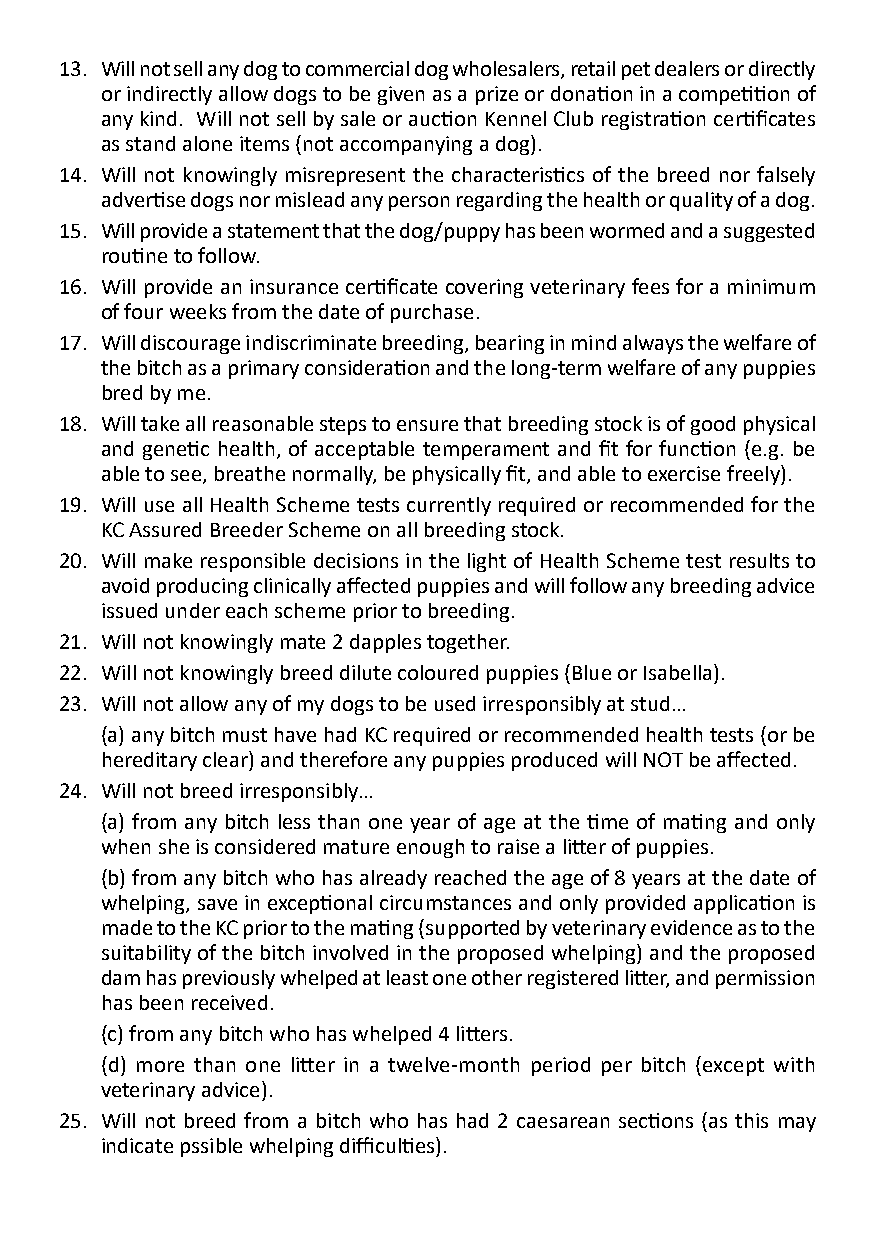
13. Will not sell any dog to commercial dog wholesalers, retail pet dealers or directly
 or indirectly allow dogs to be given as a prize or donation in a competition of
 any kind. Will not sell by sale or auction Kennel Club registration certificates
 as stand alone items (not accompanying a dog).
 14. Will not knowingly misrepresent the characteristics of the breed nor falsely
 advertise dogs nor mislead any person regarding the health or quality of a dog.
 15. Will provide a statement that the dog/puppy has been wormed and a suggested
 routine to follow.
 16. Will provide an insurance certificate covering veterinary fees for a minimum
 of four weeks from the date of purchase.
 17. Will discourage indiscriminate breeding, bearing in mind always the welfare of
 the bitch as a primary consideration and the long-term welfare of any puppies
 bred by me.
 18. Will take all reasonable steps to ensure that breeding stock is of good physical
 and genetic health, of acceptable temperament and fit for function (e.g. be
 able to see, breathe normally, be physically fit, and able to exercise freely).
 19. Will use all Health Scheme tests currently required or recommended for the
 KC Assured Breeder Scheme on all breeding stock.
 20. Will make responsible decisions in the light of Health Scheme test results to
 avoid producing clinically affected puppies and will follow any breeding advice
 issued under each scheme prior to breeding.
 21. Will not knowingly mate 2 dapples together.
 22. Will not knowingly breed dilute coloured puppies (Blue or Isabella).
 23. Will not allow any of my dogs to be used irresponsibly at stud…
 (a) any bitch must have had KC required or recommended health tests (or be
 hereditary clear) and therefore any puppies produced will NOT be affected.
 24. Will not breed irresponsibly…
 (a) from any bitch less than one year of age at the time of mating and only
 when she is considered mature enough to raise a litter of puppies.
 (b) from any bitch who has already reached the age of 8 years at the date of
 whelping, save in exceptional circumstances and only provided application is
 made to the KC prior to the mating (supported by veterinary evidence as to the
 suitability of the bitch involved in the proposed whelping) and the proposed
 dam has previously whelped at least one other registered litter, and permission
 has been received.
 (c) from any bitch who has whelped 4 litters.
 (d) more than one litter in a twelve-month period per bitch (except with
 veterinary advice).
 25. Will not breed from a bitch who has had 2 caesarean sections (as this may
 indicate pssible whelping difficulties).